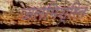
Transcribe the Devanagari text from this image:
जलमिश्रित